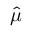
\textstyle { \hat { \mu } }